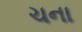
ચના